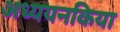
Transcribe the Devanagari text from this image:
अध्ययनकिया